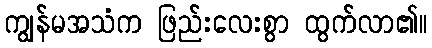
ကျွန်မအသံက ဖြည်းလေးစွာ ထွက်လာ၏။